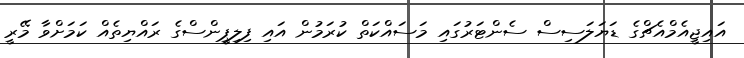
އައިޖީއެމްއެޗްގެ ޑަޔަލަސިސް ސެންޓަރުގައި މަސައްކަތް ކުރަމުން އައި ފިލިޕީންސްގެ ރައްޔިތެއް ކަމަށްވާ މޭރީ